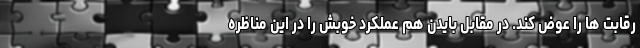
رقابت ها را عوض کند. در مقابل بایدن هم عملکرد خوبش را در این مناظره